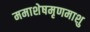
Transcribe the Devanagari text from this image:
ममाशेषमृणमाशु